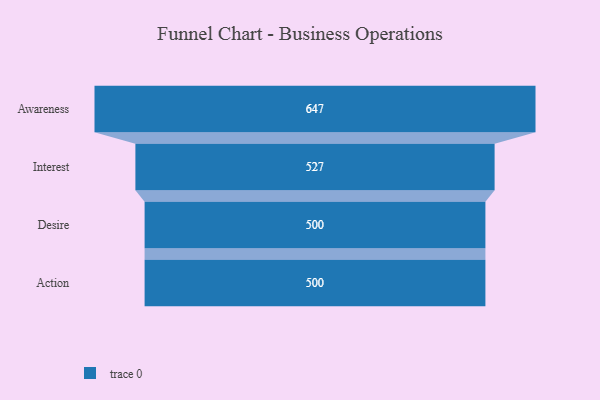
{"axis": {"x": "Stage", "y": "Value"}, "legend": [""], "data": [{"x": "Awareness", "y": 647.0, "type": ""}, {"x": "Interest", "y": 527.0, "type": ""}, {"x": "Desire", "y": 500, "type": ""}, {"x": "Action", "y": 500, "type": ""}]}